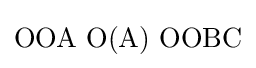
\mathrm {OOA\,\,O(A)\,\,OOBC}